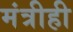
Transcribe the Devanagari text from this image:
मंत्रीही